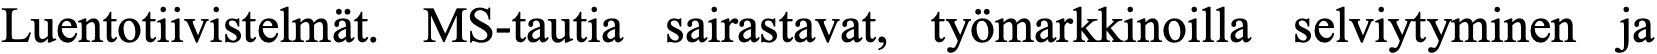
Luentotiivistelmät. MS-tautia sairastavat, työmarkkinoilla selviytyminen ja